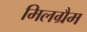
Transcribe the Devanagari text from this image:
मिलग्रैम